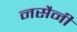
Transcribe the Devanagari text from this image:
नसैनी